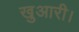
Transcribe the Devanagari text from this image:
खुआरी।